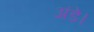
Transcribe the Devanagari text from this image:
अंडे।